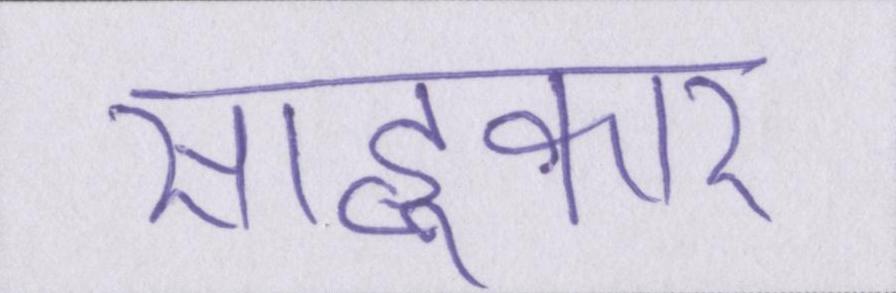
साहूकार